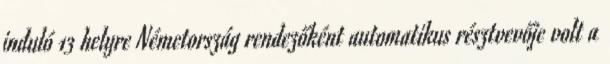
induló 13 helyre Németország rendezőként automatikus résztvevője volt a